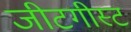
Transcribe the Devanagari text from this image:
जीटगीस्ट